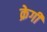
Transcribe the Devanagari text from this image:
क्रेगी